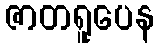
ဇာတရူပေန